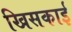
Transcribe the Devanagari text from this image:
खिसकाई